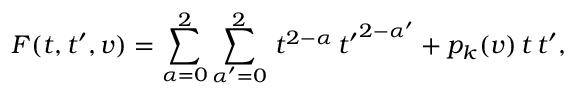
F ( t , t ^ { \prime } , v ) = \sum _ { \alpha = 0 } ^ { 2 } \sum _ { \alpha ^ { \prime } = 0 } ^ { 2 } \, t ^ { 2 - \alpha } \, { t ^ { \prime } } ^ { 2 - \alpha ^ { \prime } } + p _ { k } ( v ) \, t \, t ^ { \prime } ,